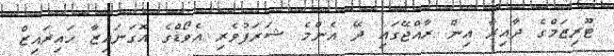
ޓޫރިޒަމްގެ ދާއިރާ އިން ރާއްޖޭގައި ދޭ އެންމެ ޝަރަފުވެރި އެވޯޑްގެ އޮގަނައިޒާ ހައިރައިޒް